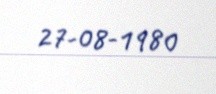
27-08-1980